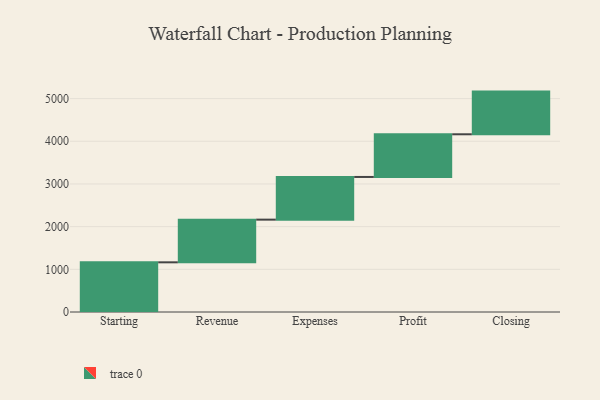
{"axis": {"x": "Step", "y": "Value"}, "legend": [""], "data": [{"x": "Starting", "y": 1164.0, "type": ""}, {"x": "Revenue", "y": 1000, "type": ""}, {"x": "Expenses", "y": 1000, "type": ""}, {"x": "Profit", "y": 1000, "type": ""}, {"x": "Closing", "y": 1000, "type": ""}]}